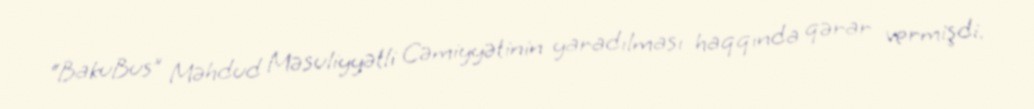
“BakuBus” Məhdud Məsuliyyətli Cəmiyyətinin yaradılması haqqında qərar vermişdi.